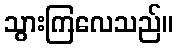
သွားကြလေသည်။